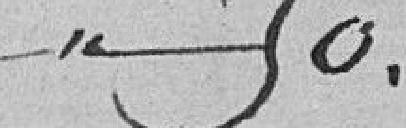
50.00